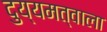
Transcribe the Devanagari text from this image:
दुय्यमत्वाला